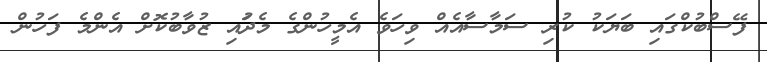
ފޭސްބުކްގައި ބަޔަކު ކުރި ސަމާސާއެއް ވިހަވެ އެމީހުންގެ މެދުައި ޒުވާބުކޮށް އެންމެ ފަހުން